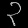
Digit: ၃